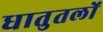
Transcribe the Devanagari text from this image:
धातुतलों